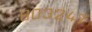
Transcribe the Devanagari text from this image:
८०३२४७